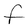
Character: F